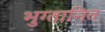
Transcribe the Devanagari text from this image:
भुग्तानित